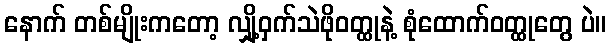
နောက် တစ်မျိုးကတော့ လျှို့ဝှက်သဲဖိုဝတ္ထုနဲ့ စုံထောက်ဝတ္ထုတွေ ပဲ။